Rangoon Lunatic Asylum 1893-1897 - 1893-1897
Year: 1893
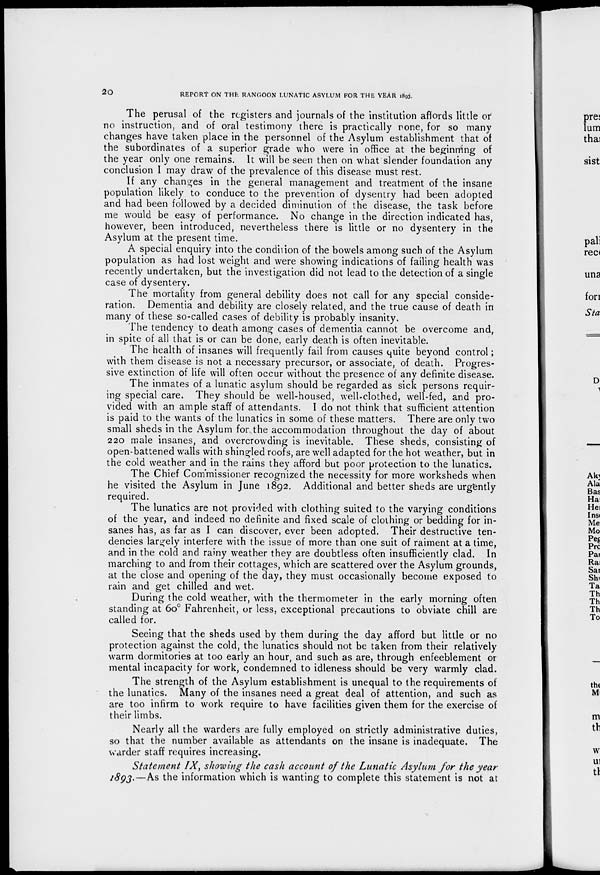
20
REPORT ON THE RANGOON LUNATIC ASYLUM FOR THE YEAR 1893.
The perusal of the registers and journals of the institution affords little or
no instruction, and of oral testimony there is practically none, for so many
changes have taken place in the personnel of the Asylum establishment that of
the subordinates of a superior grade who were in office at the beginning of
the year only one remains. It will be seen then on what slender foundation any
conclusion I may draw of the prevalence of this disease must rest.
If any changes in the general management and treatment of the insane
population likely to conduce to the prevention of dysentry had been adopted
and had been followed by a decided diminution of the disease, the task before
me would be easy of performance. No change in the direction indicated has,
however, been introduced, nevertheless there is little or no dysentery in the
Asylum at the present time.
A special enquiry into the condition of the bowels among such of the Asylum
population as had lost weight and were showing indications of failing health was
recently undertaken, but the investigation did not lead to the detection of a single
case of dysentery.
The mortality from general debility does not call for any special conside-
ration. Dementia and debility are closely related, and the true cause of death in
many of these so-called cases of debility is probably insanity.
The tendency to death among cases of dementia cannot be overcome and,
in spite of all that is or can be done, early death is often inevitable.
The health of insanes will frequently fail from causes quite beyond control;
with them disease is not a necessary precursor, or associate, of death. Progres-
sive extinction of life will often occur without the presence of any definite disease.
The inmates of a lunatic asylum should be regarded as sick persons requir-
ing special care. They should be well-housed, well-clothed, well-fed, and pro-
vided with an ample staff of attendants. I do not think that sufficient attention
is paid to the wants of the lunatics in some of these matters. There are only two
small sheds in the Asylum for the accommodation throughout the day of about
220 male insanes, and overcrowding is inevitable. These sheds, consisting of
open-battened walls with shingled roofs, are well adapted for the hot weather, but in
the cold weather and in the rains they afford but poor protection to the lunatics.
The Chief Commissioner recognized the necessity for more worksheds when
he visited the Asylum in June 1892. Additional and better sheds are urgently
required.
The lunatics are not provided with clothing suited to the varying conditions
of the year, and indeed no definite and fixed scale of clothing or bedding for in-
sanes has, as far as I can discover, ever been adopted. Their destructive ten-
dencies largely interfere with the issue of more than one suit of raiment at a time,
and in the cold and rainy weather they are doubtless often insufficiently clad. In
marching to and from their cottages, which are scattered over the Asylum grounds,
at the close and opening of the day, they must occasionally become exposed to
rain and get chilled and wet.
During the cold weather, with the thermometer in the early morning often
standing at 6o° Fahrenheit, or less, exceptional precautions to obviate chill are
called for.
Seeing that the sheds used by them during the day afford but little or no
protection against the cold, the lunatics should not be taken from their relatively
warm dormitories at too early an hour, and such as are, through enfeeblement or
mental incapacity for work, condemned to idleness should be very warmly clad.
The strength of the Asylum establishment is unequal to the requirements of
the lunatics. Many of the insanes need a great deal of attention, and such as
are too infirm to work require to have facilities given them for the exercise of
their limbs.
Nearly all the warders are fully employed on strictly administrative duties,
so that the number available as attendants on the insane is inadequate. The
warder staff requires increasing.
Statement IX, showing the cash account of the Lunatic Asylum for the year
1893.—As the information which is wanting to complete this statement is not at